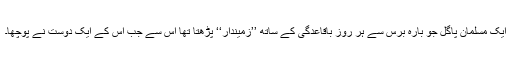
ایک مسلمان پاگل جو بارہ برس سے ہر روز باقاعدگی کے ساتھ ’’زمیندار‘‘ پڑھتا تھا اس سے جب اس کے ایک دوست نے پوچھا۔